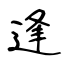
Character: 逢